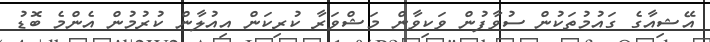
އޭޝިއާގެ ގައުމުތަކުން ސުވާފުން ވަކިވާން މަޝްވަރާ ކުރިކަން އިއުލާން ކުރުމުން އެންމެ ބޮޑު